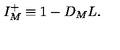
I _ { M } ^ { + } \equiv 1 - D _ { M } L .